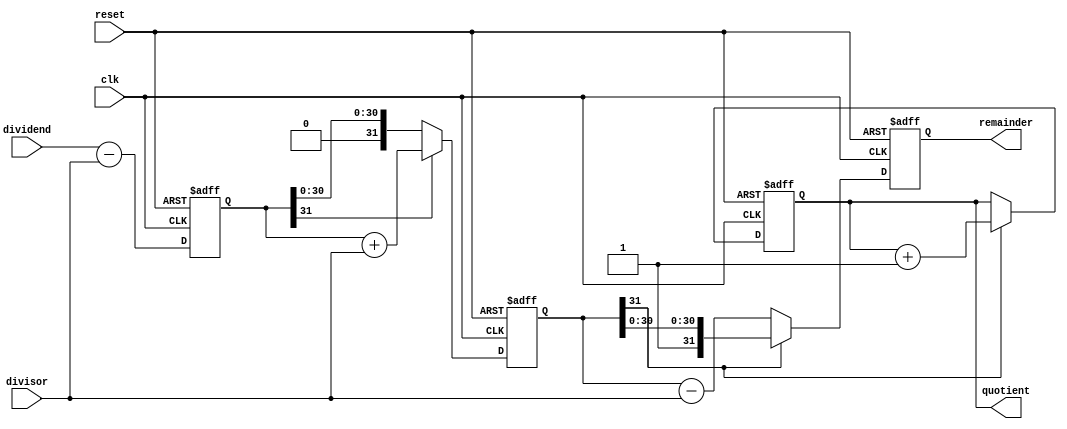
module pipelined_divider (
    input wire clk,
    input wire reset,
    input wire [31:0] dividend,
    input wire [31:0] divisor,
    output reg [31:0] quotient,
    output reg [31:0] remainder
);

reg [31:0] stage1_result;
reg [31:0] stage2_result;
reg [31:0] stage3_result;

always @(posedge clk or posedge reset) begin
    if (reset) begin
        // Reset all registers on reset signal
        quotient <= 0;
        remainder <= 0;
        stage1_result <= 0;
        stage2_result <= 0;
        stage3_result <= 0;
    end else begin
        // Pipeline Stage 1: Subtract divisor from dividend
        stage1_result <= dividend - divisor;
        
        // Pipeline Stage 2: Determine if result is negative
        stage2_result <= (stage1_result[31] == 1) ? stage1_result + divisor : stage1_result;
        
        // Pipeline Stage 3: Calculate quotient and remainder
        quotient <= (stage2_result[31] == 1) ? quotient + 1 : quotient;
        remainder <= (stage2_result[31] == 1) ? stage2_result : stage2_result - divisor;
    end
end

endmodule